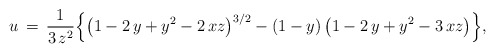
\begin{align*}u\,=\,\frac{1}{3\,z^2}\Big\{\big(1-2\,y+y^2-2\,xz\big)^{3/2}-(1-y)\,\big(1-2\,y+y^2-3\,xz\big)\Big\},\end{align*}